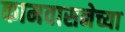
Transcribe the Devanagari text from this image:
कामवासनेच्या